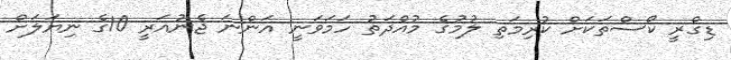
ޑިގްރީ ކޯސްތަކަށް ކުރިމަތި ލުމުގެ މުއްދަތު ހަމަވަނީ އަންނަ ޖެނުއަރީ 10ގެ ނިޔަލަށް